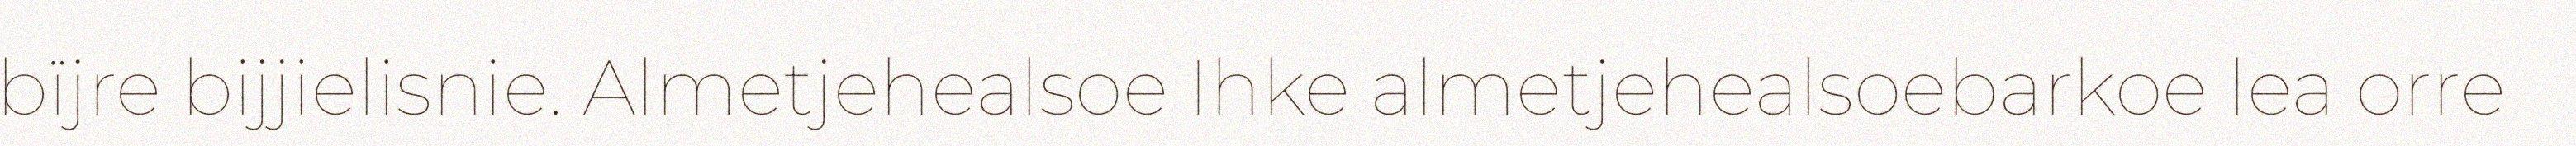
bïjre bijjielisnie. Almetjehealsoe Ihke almetjehealsoebarkoe lea orre